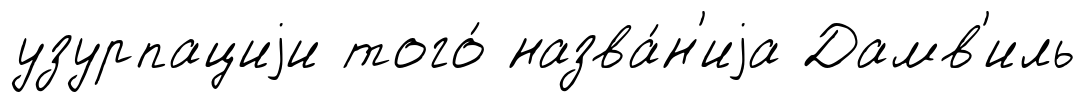
узурпациjи того́ назва́н'иjа Дамв'иль